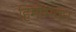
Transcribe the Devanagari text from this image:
हिमीभवन